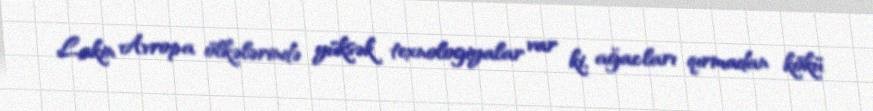
Lakin Avropa ölkələrində yüksək texnologiyalar var ki, ağacları qırmadan kökü